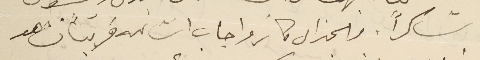
شاكراً. والجنرال كاترو اجاب انشالله قريباً نشاهد